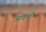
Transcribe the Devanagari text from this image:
आळकी